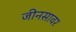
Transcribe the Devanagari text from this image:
जीनसावर